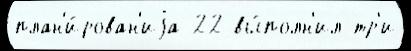
план'и́рован'иjа 22 вы́полн'ил тр'и